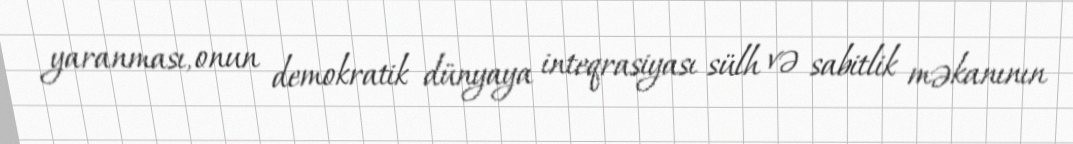
yaranması, onun demokratik dünyaya inteqrasiyası sülh və sabitlik məkanının